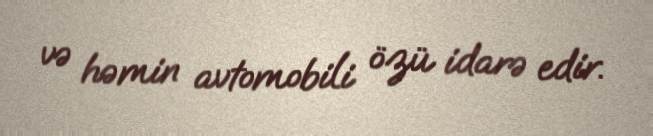
və həmin avtomobili özü idarə edir.